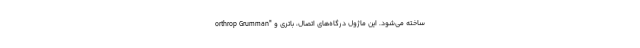
orthrop Grumman" ساخته می‌شود. این ماژول درگاه‌های اتصال، باتری و